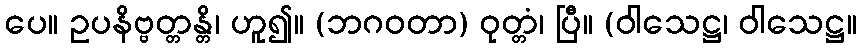
ပေ။ ဥပနိဗ္ဗတ္တန္တိ၊ ဟူ၍။ (ဘဂဝတာ) ဝုတ္တံ၊ ပြီ။ (ဝါသေဋ္ဌ၊ ဝါသေဋ္ဌ။